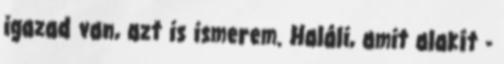
igazad van, azt is ismerem. Haláli, amit alakít -